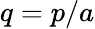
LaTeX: q=p/a